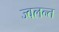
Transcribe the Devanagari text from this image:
ज्‍वलन्‍त